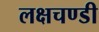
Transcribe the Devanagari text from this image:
लक्षचण्डी